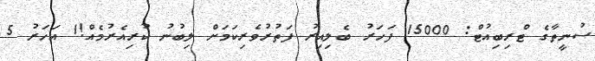
ސުނީތާގެ ޓްރިބިއުޓް: 15000 ފަހަރު ބެލިއިރު ފަތުރުވެރިކަމަށް ލިބުނު ކުރިއެރުމެއް!1 އަހަރު 5